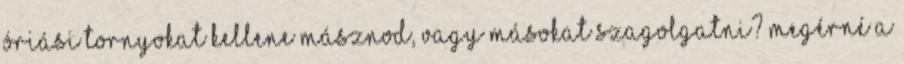
óriási tornyokat kellene másznod, vagy másokat szagolgatni? Megérné a